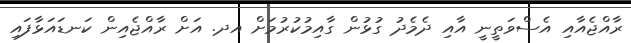
ރާއްޖެއާއި އެސްވަތީނީ އާއި ދެމެދު ގުޅުން ގާއިމުކުރުމަށް އދ. އަށް ރާއްޖެއިން ކަނޑައަޅާފައި